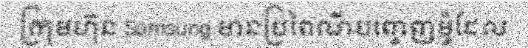
ក្រុមហ៊ុន Samsung មានប្រពៃណីបញ្ចេញម៉ូដែល